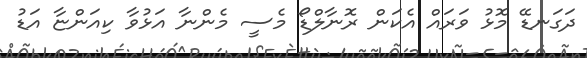
ދަގަނޑޭ މޮޅު ވަރައް އެކަން ރޮނާލްޑޯ މެސީ މެންނާ އަޅުވާ ކިއަންޏާ އަޑު